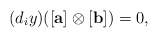
\begin{align*} (d_iy)([\mathbf{a}]\otimes [\mathbf{b}])=0, \end{align*}